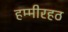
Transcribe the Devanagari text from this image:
हम्मीरहठ